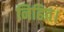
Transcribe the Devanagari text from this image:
निहित।